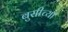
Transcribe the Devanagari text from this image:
बुसीच्या